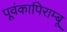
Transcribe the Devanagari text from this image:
पूवंकापिराम्बू